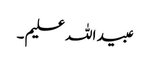
عبید اللہ علیم ۔